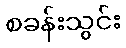
စခန်းသွင်း